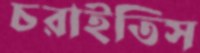
চরাইতিস